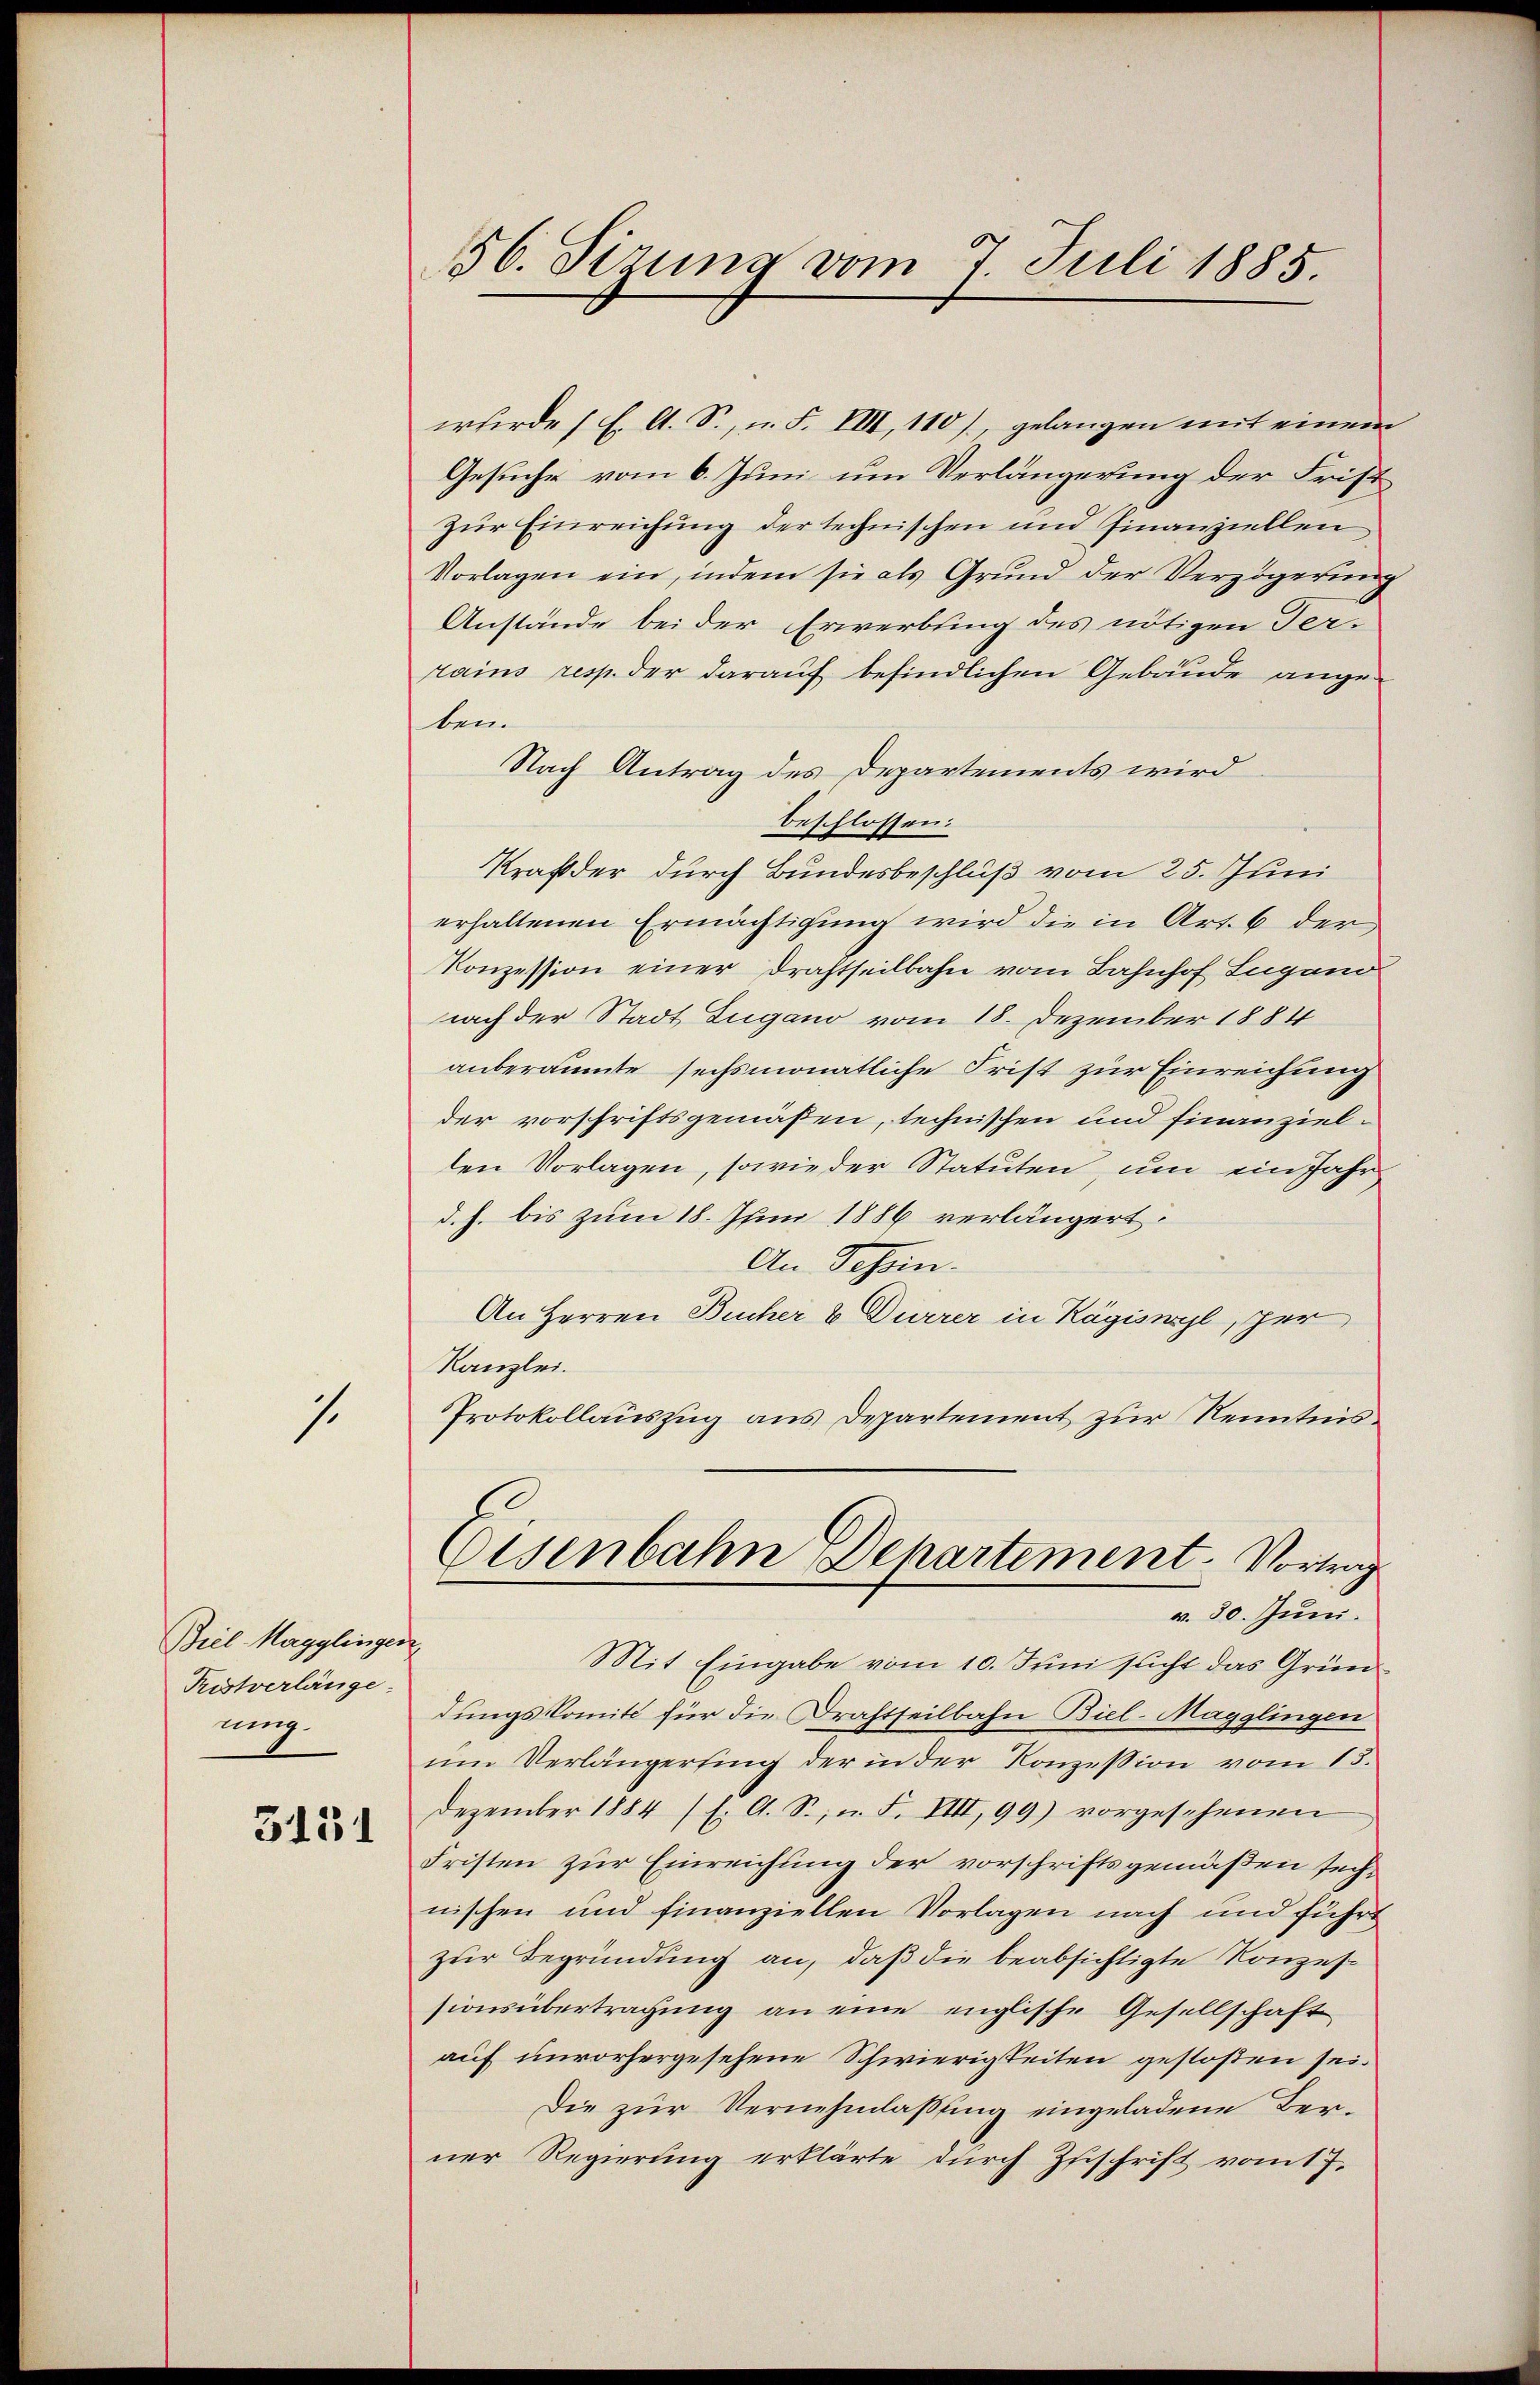
1.

Biel Magglingen
Tristverlänge
ung.

5151

56. Sizung vom 7. Juli 1885.

wurde (E. A. S., n. F. VIII, 110), gelangen mit einem
Gesuche vom 6. Juni um Verlängerung der Frist
Zur Einreichung der technischen und Finanziellen
Vorlagen ein, indem sie als Grund der Verzögerung
Anstände bei der Erwerbsing des nötigen Terrains resp. der darauf befindlichen Gebäude angeben
Nach Antrag des Departements wird
beschlossen:
Kraft der durch Bundesbeschluß vom 25. Juni
erhaltenen Ermächtigung wird die in Art. 6 der
Konzession einer Drahtheilbahn vom Bahnhof Lugano
nach der Stadt Zugano vom 18. Dezember 1884
anberaumte sechsmonatliche Frist zur Einreichung
der vorschriftsgemäßen, technischen und finanzielden Vorlagen, sowie der Statuten, um ein Jahr
d. h. bis zum 18. Juni 1886 verlängert.
An Schein.
An Herren Bucher & Dürrer in Kägiswyl, per
Kanzlei.
Protokollauszug aus Departement zur Kenntnis
Eisenbahn Departement-Vortrag
v. 30. Juni.
Mit Eingabe vom 10. Juni sucht das Gründungskomité für die Drahtheilbahn Biel-Magglingen
ŭm Verlängerling der in der Konzession vom 13.
Dezember 1884 (s. A. S., u. F. VIII, 99) vorgesehenen
Fristen zur Einreichung der vorschriftsgemäßen sechnischen und finanziellen Vorlagen nach und führt
zur Begründung an, daß die beabsichtigte Konzessionsübertragung an eine englische Gesellschaft
auf unvorhergesehene Schwierigkeiten gestoßen sei.
Die zur Vernehmlassung eingeladene Berner Regierung erklärte durch Zuschrift vom 17.